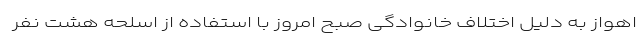
اهواز به دلیل اختلاف خانوادگی صبح امروز با استفاده از اسلحه هشت نفر